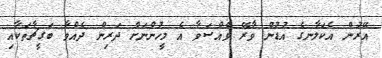
އޭރުން އެކަލާނގެ އުޑުން ވާރޭ ވެއްސަވާ އެ މީހުންނަށް ދަރިން ދެއްވާ ބަގީޗާތަކާއި